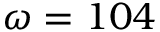
\omega = 1 0 4